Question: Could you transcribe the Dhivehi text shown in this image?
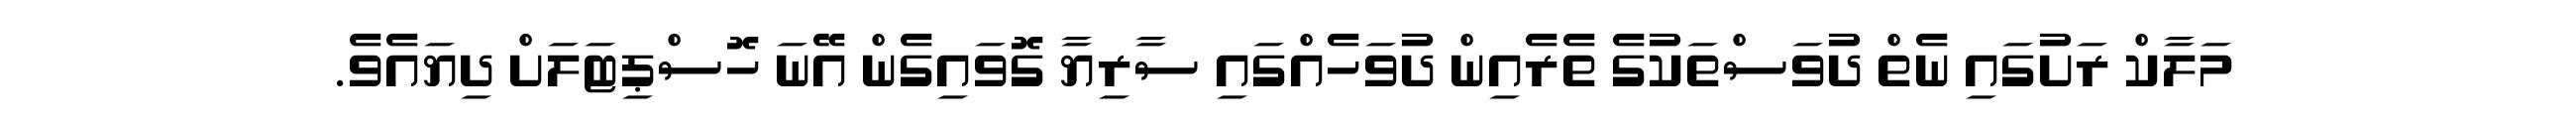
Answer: މަލާކް ރަށުގައި ނެތް ދުވަސްތަކުގެ ތެރެއިން ދުވަހެއްގައި ސާރިޔާ ގޮވައިގެން އޭނަ ހޮސްޕިޓަލަށް ދިޔައެވެ.